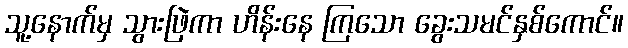
သူ့နောက်မှ သွားဖြဲကာ ဟိန်းနေ ကြသော ခွေးသမင်နှစ်ကောင်။